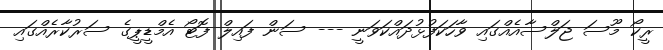
ރީކޯ މޫސަ ޖަލްސާއެއްގައި ވާހަކަފުޅުދައްކަވަނީ --- ސަން ފައިލް ފޮޓޯ އެމްޑީޕީގެ ސަރުކާރެއްގައި